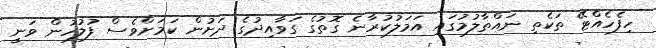
ހިފެހެއްޓޭ ތަކެތި ނައްތާލުމުގައި އަމަލުކުރާނެ ގޮތުގެ ގަވާއިދުގެ ދަށުން ކަމަށްވެސް ފުލުހުން ވަނީ